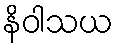
နိဝါသယ